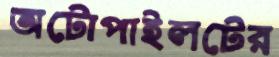
অটোপাইলটের